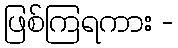
ဖြစ်ကြရကား -